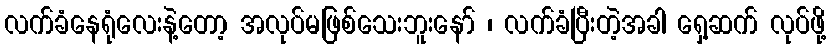
လက်ခံနေရုံလေးနဲ့တော့ အလုပ်မဖြစ်သေးဘူးနော် ၊ လက်ခံပြီးတဲ့အခါ ရှေ့ဆက် လုပ်ဖို့